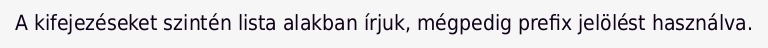
A kifejezéseket szintén lista alakban írjuk, mégpedig prefix jelölést használva.